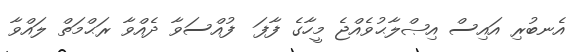
އެނބުރި އައިސް އިޞްލާޙުވެއްޖެ މީހާގެ ފާފަ  ފުއްސަވާ ދެއްވާ ރަޙްމަތް ލައްވާ